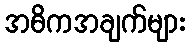
အဓိကအချက်များ